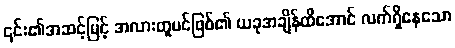
၎င်း၏အဆင့်မြင့် အလားတူပင်ဖြစ်၏ ယခုအချိန်ထိအောင် လက်ရှိနေသော